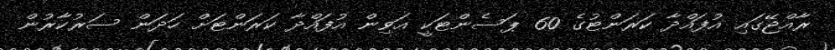
ރާއްޖޭގައި އުފައްދާ ކަރަންޓުގެ 60 ޕަސެންޓަކީ އަވިން އުފައްދާ ކަރަންޓަށް ހަދަން ސަރުކާރުން